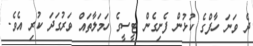
ދެ ވަނަ ހާފްގެ ކުޅުން ފެށިގެން ޓީސީގެ ހަމަލާތައް ވަރުގަދަ ކުރި އެވެ.